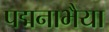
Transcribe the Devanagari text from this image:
पद्मनाभैया